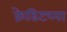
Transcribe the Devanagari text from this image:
क्रेडिटच्या